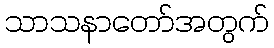
သာသနာတော်အတွက်